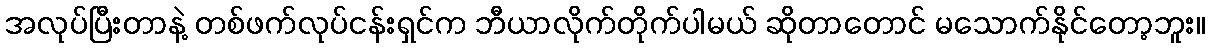
အလုပ်ပြီးတာနဲ့ တစ်ဖက်လုပ်ငန်းရှင်က ဘီယာလိုက်တိုက်ပါမယ် ဆိုတာတောင် မသောက်နိုင်တော့ဘူး။